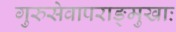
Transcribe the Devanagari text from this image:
गुरुसेवापराङ्मुखाः